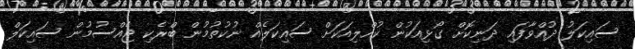
ސައިކަލު ދުއްވާފައި ދަނިކޮށް ގޯޅިއަކުން ކުއްލިއަކަށް ސައިކަލެއް ނުކުތުމުން ބްރެކި ޖެއްސުމުން ސައިކަލް